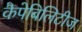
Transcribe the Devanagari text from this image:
कैपेबिलिटीज